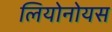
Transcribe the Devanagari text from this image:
लियोनोयस